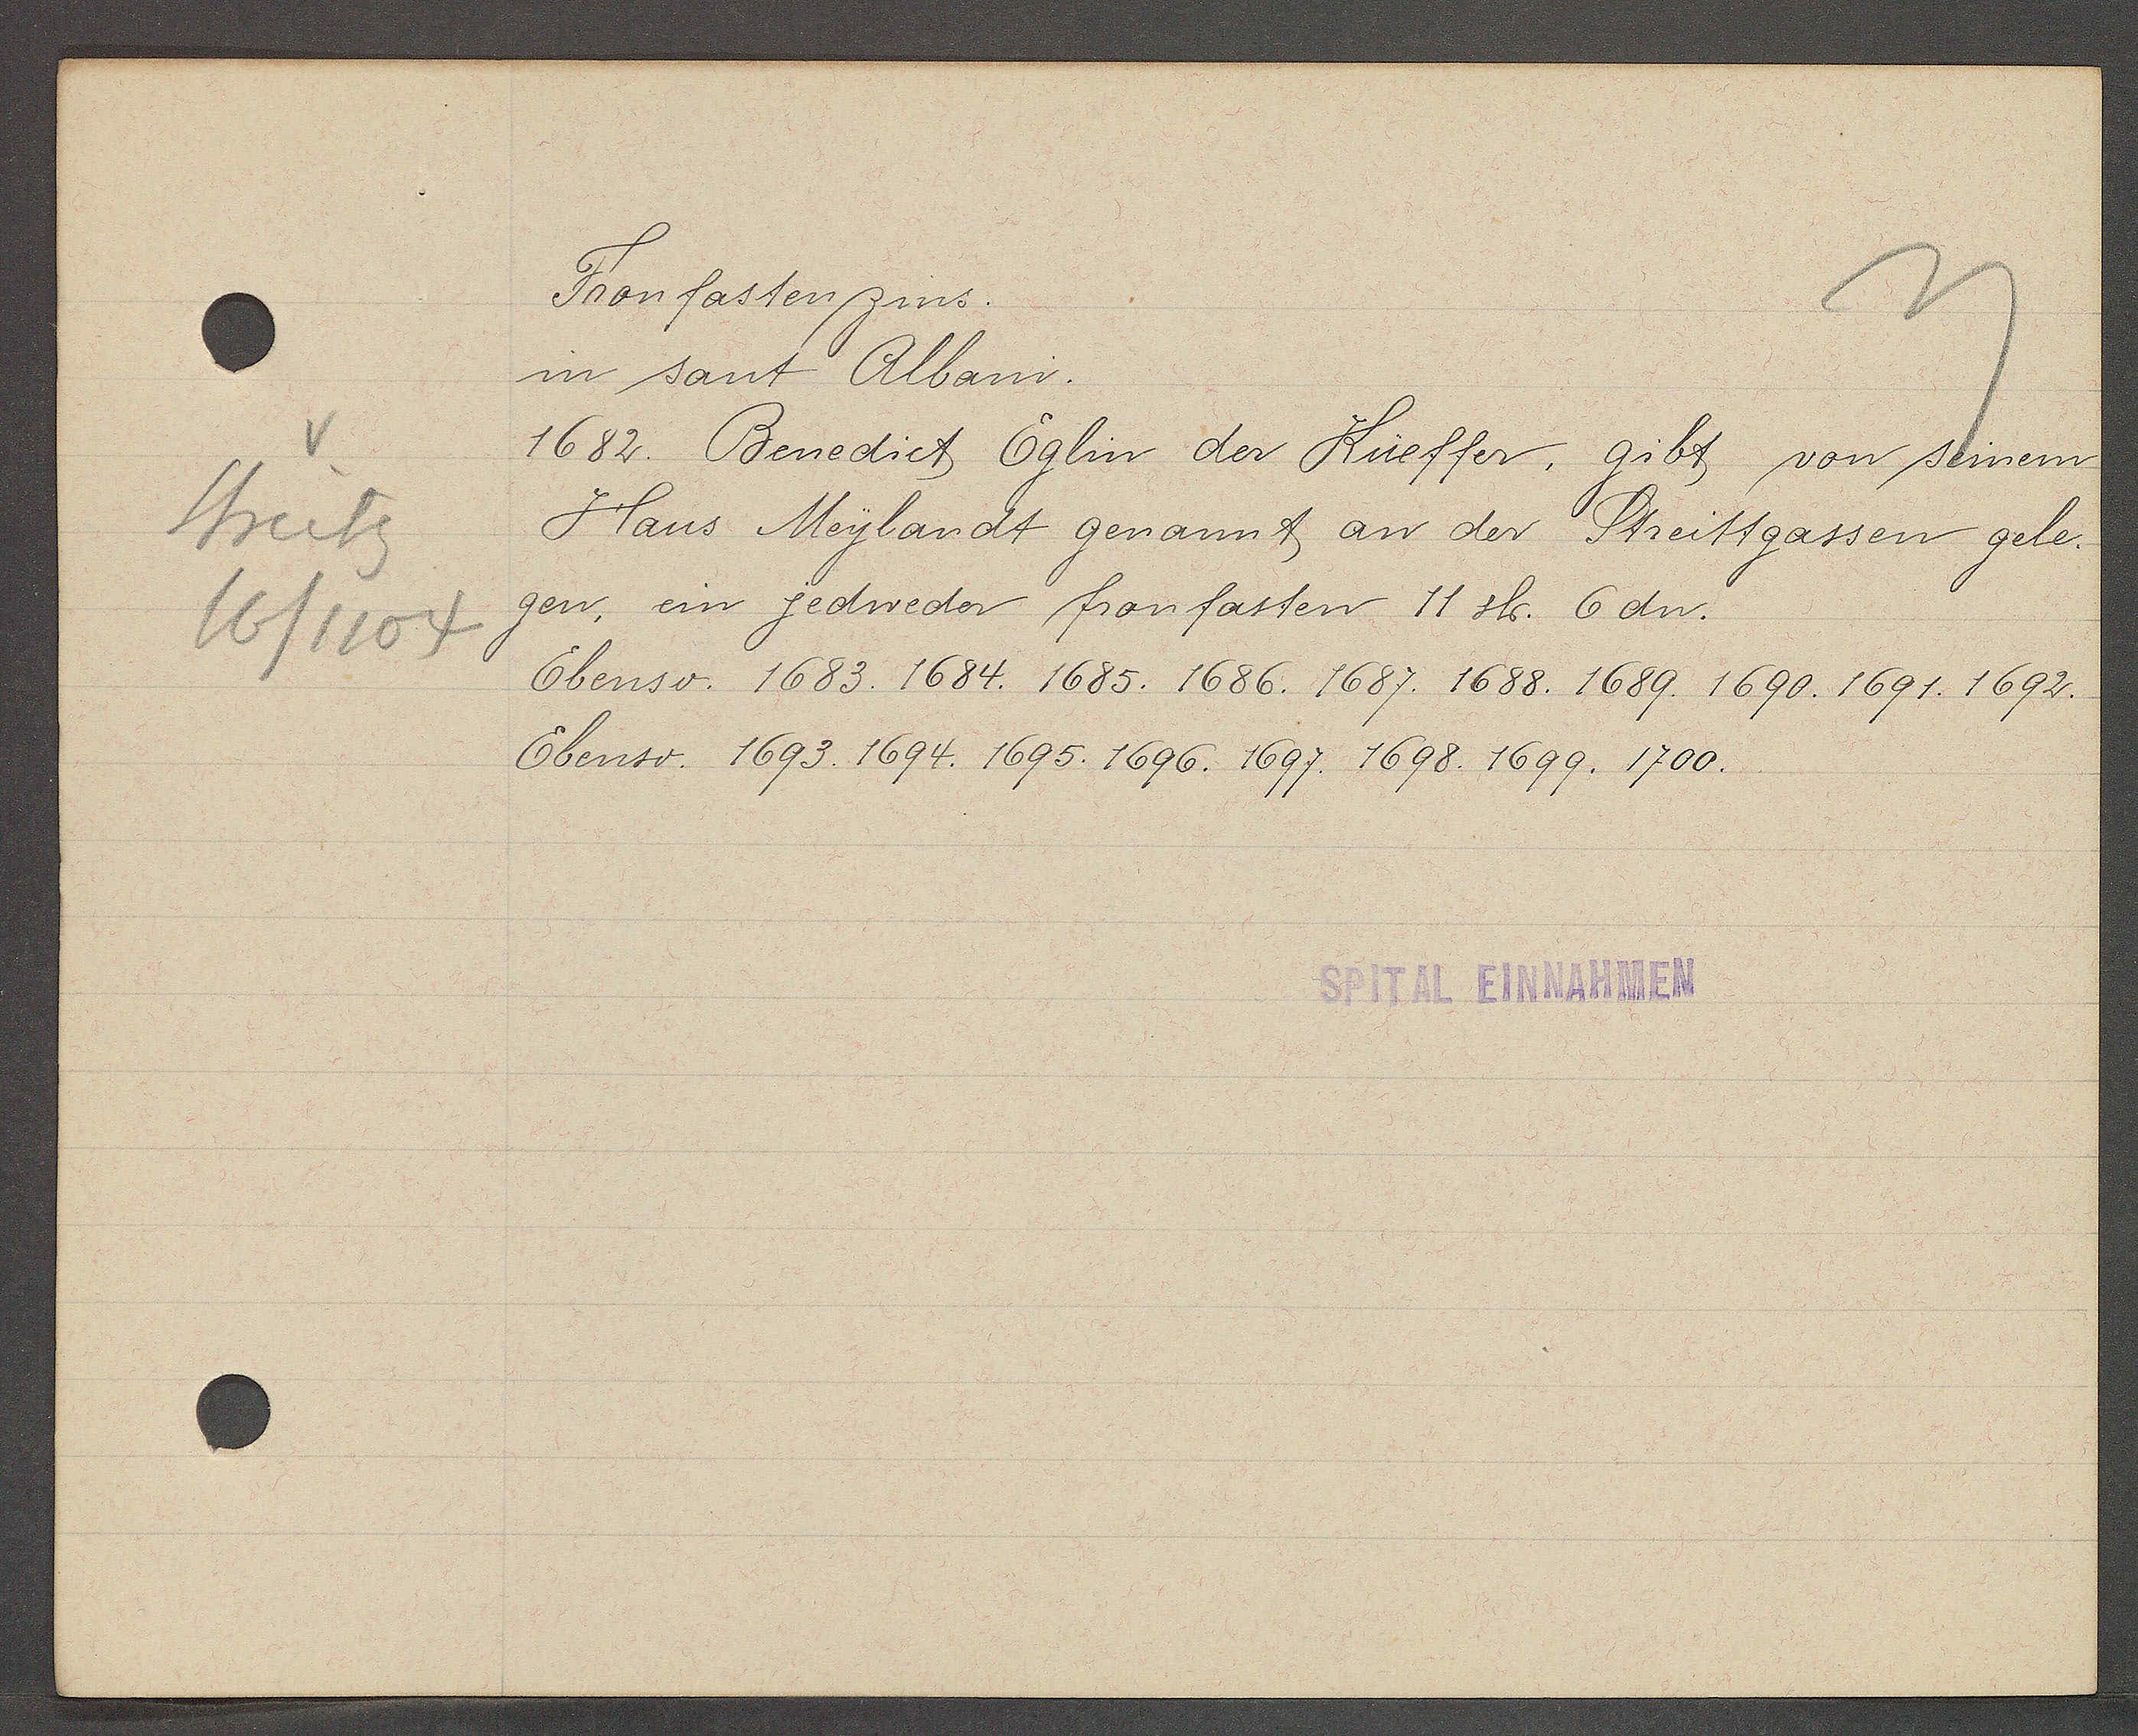
Transcript:
Streitg
16/1104

Fronfastenzins.

in sant Albani.
1682. Benedict Eglin der Küeffer, gibt von seinem
Hans Meylandt genannt an der Streittgassen gele¬
gen, ein jedwedor fronfasten 11 sh. 6 dn.
Ebenso. 1683. 1684. 1685. 1686. 1687. 1688. 1689. 1690. 1691. 1692.
Ebenso. 1693. 1694. 1695. 1696. 1697. 1698. 1699. 1700.

SPITAL EINNAHMEN